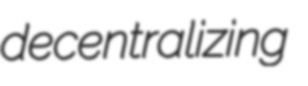
decentralizing